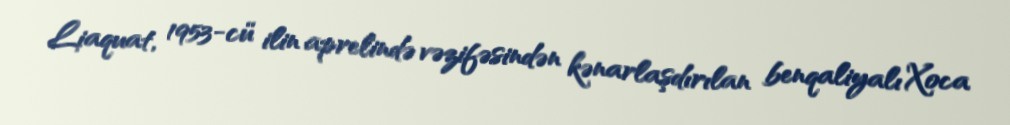
Liaquat, 1953-cü ilin aprelində vəzifəsindən kənarlaşdırılan benqaliyalı Xoca